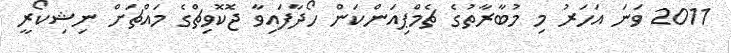
2011 ވަނަ އަހަރު މި މުބާރާތުގެ ޗެމްޕިއަންކަން ހޯދާފައިވާ ޖޮކޮވިޗްގެ މައްޗަށް ނިޝިކޯރީ